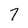
Character: 7